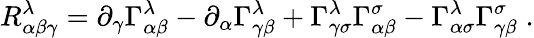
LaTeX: R_{\alpha\beta\gamma}^{\lambda}=\partial_{\gamma}\Gamma_{\alpha\beta}^{\lambda}-\partial_{\alpha}\Gamma_{\gamma\beta}^{\lambda}+\Gamma_{\gamma\sigma}^{\lambda}\Gamma_{\alpha\beta}^{\sigma}-\Gamma_{\alpha\sigma}^{\lambda}\Gamma_{\gamma\beta}^{\sigma}\; .